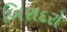
બિરાદરો